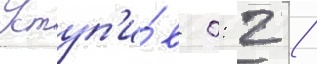
Уступ'и́в 0: 2 /